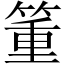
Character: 箽